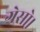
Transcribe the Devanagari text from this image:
ग्रेसो।